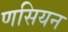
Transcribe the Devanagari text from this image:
णसियन